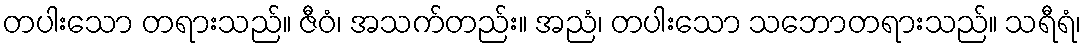
တပါးသော တရားသည်။ ဇီဝံ၊ အသက်တည်း။ အညံ၊ တပါးသော သဘောတရားသည်။ သရီရံ၊